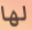
لها